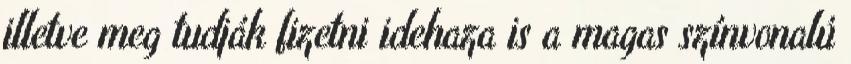
illetve meg tudják fizetni idehaza is a magas színvonalú